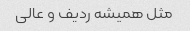
مثل همیشه ردیف و عالی